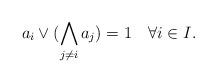
LaTeX: \begin{align*}a_i\vee(\bigwedge_{j\neq i} a_j)=1\quad\forall i\in I.\end{align*}